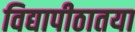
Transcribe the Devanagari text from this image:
विद्यापीठातया